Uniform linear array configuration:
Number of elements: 32
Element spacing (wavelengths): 0.25
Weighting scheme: hamming
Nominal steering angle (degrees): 30
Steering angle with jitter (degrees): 30.409
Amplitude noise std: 0.05
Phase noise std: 0.05

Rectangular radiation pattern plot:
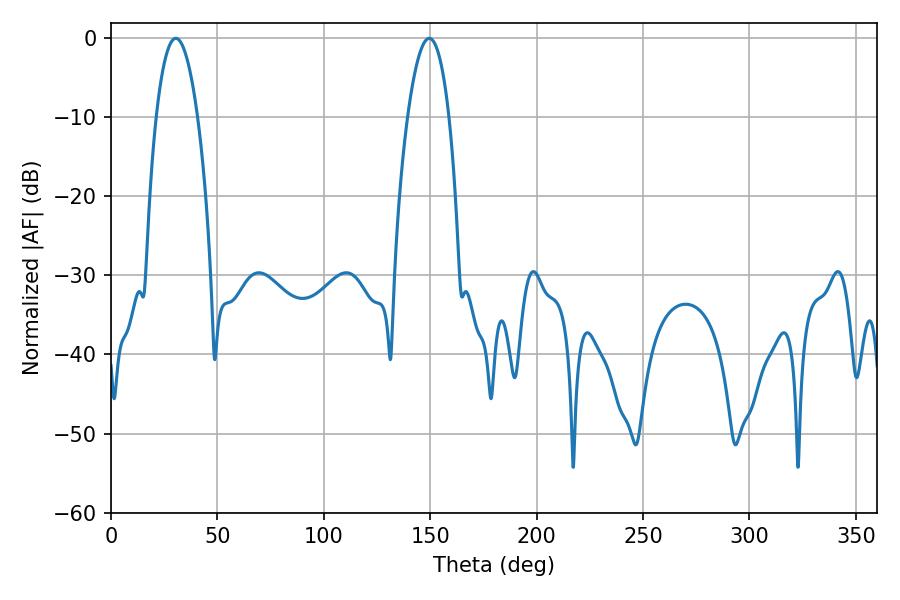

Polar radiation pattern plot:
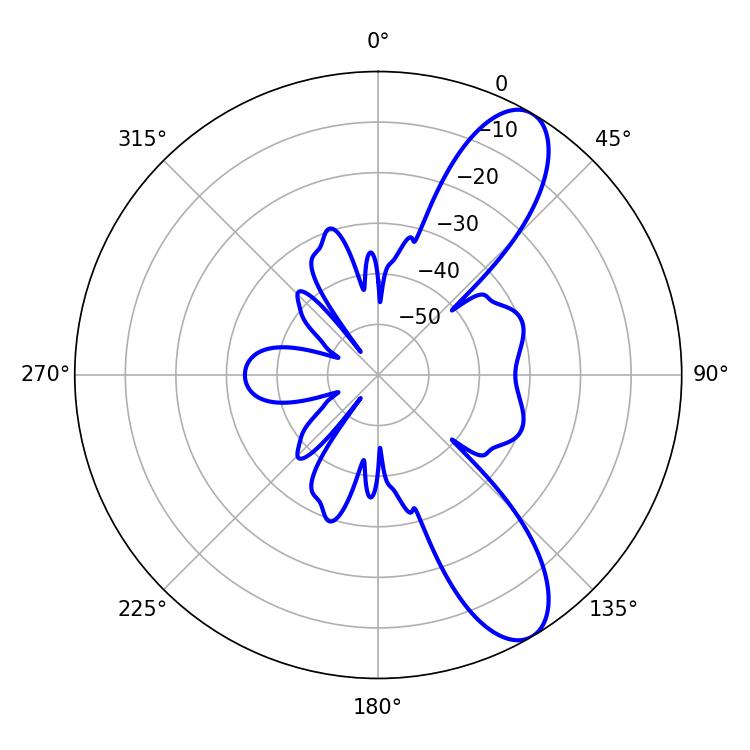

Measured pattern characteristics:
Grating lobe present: FALSE
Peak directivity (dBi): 9.879
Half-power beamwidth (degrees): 10.8
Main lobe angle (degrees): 30.42